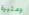
ومثيرة